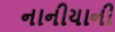
નાનીયાની